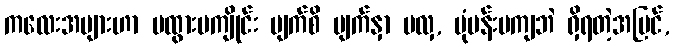
ကလေးအများဟာ မထွားမကျိုင်း မျက်စိ မျက်နှာ မလှ, ပုံပန်းမကျဘဲ ရှိရတဲ့အပြင်,